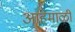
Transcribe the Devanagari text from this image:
आहेमाळी